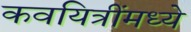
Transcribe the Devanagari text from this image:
कवयित्रींमध्ये